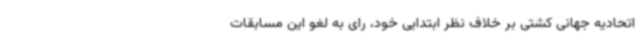
اتحادیه جهانی کشتی بر خلاف نظر ابتدایی خود، رای به لغو این مسابقات